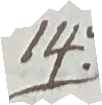
14.